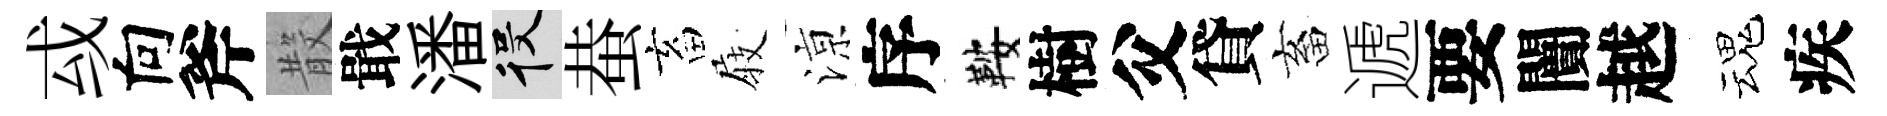
㦯向斧𣪚戢潘役蛬畜𡲆鿌序鞍樹父貸畜遞要闠越魂疾